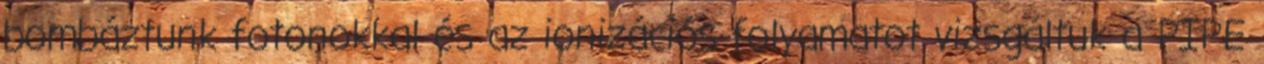
bombáztunk fotonokkal és az ionizációs folyamatot vizsgáltuk a PIPE